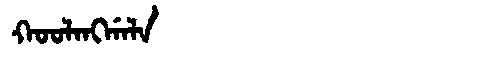
Manchu: ᡴᠣᠣᠯᠠᠩᡤᠠᠯᠠ
Romanization: KOOLANGGALA